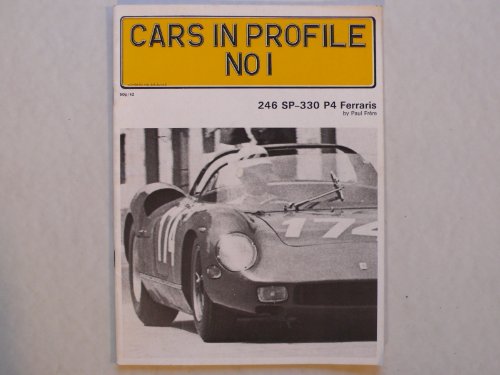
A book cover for Cars in Profile No. 1: 246 SP - 330 P4 Ferraris; Paul. Frere; Engineering & Transportation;